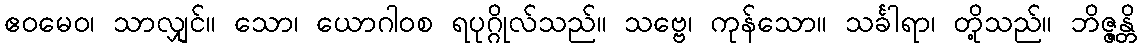
ဧဝမေဝ၊ သာလျှင်။ သော၊ ယောဂါဝစ ရပုဂ္ဂိုလ်သည်။ သဗ္ဗေ၊ ကုန်သော။ သင်္ခါရာ၊ တို့သည်။ ဘိဇ္ဇန္တိ